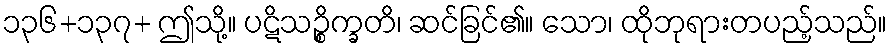
၁၃၆+၁၃၇+ ဤသို့။ ပဋိသဉ္စိက္ခတိ၊ ဆင်ခြင်၏။ သော၊ ထိုဘုရားတပည့်သည်။